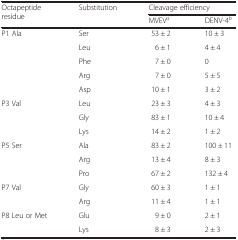
<table><thead><tr><td rowspan="2"><b>Octapeptide residue</b></td><td rowspan="2"><b>Substitution</b></td><td colspan="2"><b>Cleavage efficiency</b></td></tr><tr><td><b>MVEV<sup><i>a</i></sup></b></td><td><b>DENV-4<sup><i>b</i></sup></b></td></tr></thead><tbody><tr><td>P1 Ala</td><td>Ser</td><td>53 ± 2</td><td>10 ± 3</td></tr><tr><td></td><td>Leu</td><td>6 ± 1</td><td>4 ± 4</td></tr><tr><td></td><td>Phe</td><td>7 ± 0</td><td>0</td></tr><tr><td></td><td>Arg</td><td>7 ± 0</td><td>5 ± 5</td></tr><tr><td></td><td>Asp</td><td>10 ± 1</td><td>3 ± 2</td></tr><tr><td>P3 Val</td><td>Leu</td><td>23 ± 3</td><td>4 ± 3</td></tr><tr><td></td><td>Gly</td><td>83 ± 1</td><td>10 ± 4</td></tr><tr><td></td><td>Lys</td><td>14 ± 2</td><td>1 ± 2</td></tr><tr><td>P5 Ser</td><td>Ala</td><td>83 ± 2</td><td>100 ± 11</td></tr><tr><td></td><td>Arg</td><td>13 ± 4</td><td>8 ± 3</td></tr><tr><td></td><td>Pro</td><td>67 ± 2</td><td>132 ± 4</td></tr><tr><td>P7 Val</td><td>Gly</td><td>60 ± 3</td><td>1 ± 1</td></tr><tr><td></td><td>Arg</td><td>11 ± 4</td><td>1 ± 1</td></tr><tr><td>P8 Leu or Met</td><td>Glu</td><td>9 ± 0</td><td>2 ± 1</td></tr><tr><td></td><td>Lys</td><td>8 ± 3</td><td>2 ± 3</td></tr></tbody></table>